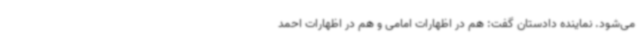
می‌شود. نماینده دادستان گفت: هم در اظهارات امامی و هم در اظهارات احمد